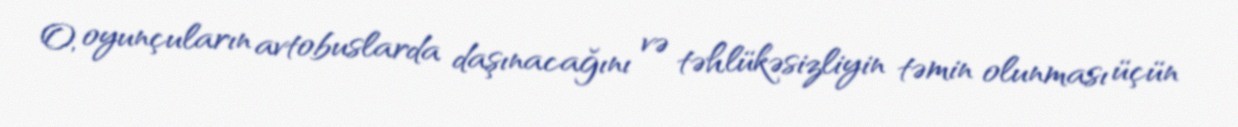
O, oyunçuların avtobuslarda daşınacağını və təhlükəsizliyin təmin olunması üçün